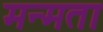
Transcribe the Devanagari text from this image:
मन्मता